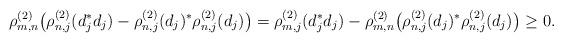
LaTeX: \begin{align*} \rho_{m,n}^{(2)}\big(\rho_{n,j}^{(2)}(d_j^*d_j)-\rho_{n,j}^{(2)}(d_j)^*\rho_{n,j}^{(2)}(d_j)\big)=\rho_{m,j}^{(2)}(d_j^*d_j)-\rho_{m,n}^{(2)}\big(\rho_{n,j}^{(2)}(d_j)^*\rho_{n,j}^{(2)}(d_j)\big)\geq 0. \end{align*}